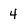
Character: 4